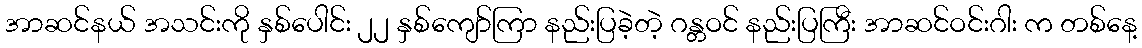
အာဆင်နယ် အသင်းကို နှစ်ပေါင်း ၂၂ နှစ်ကျော်ကြာ နည်းပြခဲ့တဲ့ ဂန္တဝင် နည်းပြကြီး အာဆင်ဝင်းဂါး က တစ်နေ့